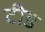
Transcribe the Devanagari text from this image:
टीड